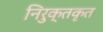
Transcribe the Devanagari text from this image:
निरुक्तकृत